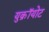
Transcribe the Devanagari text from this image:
युक्रॉयोट